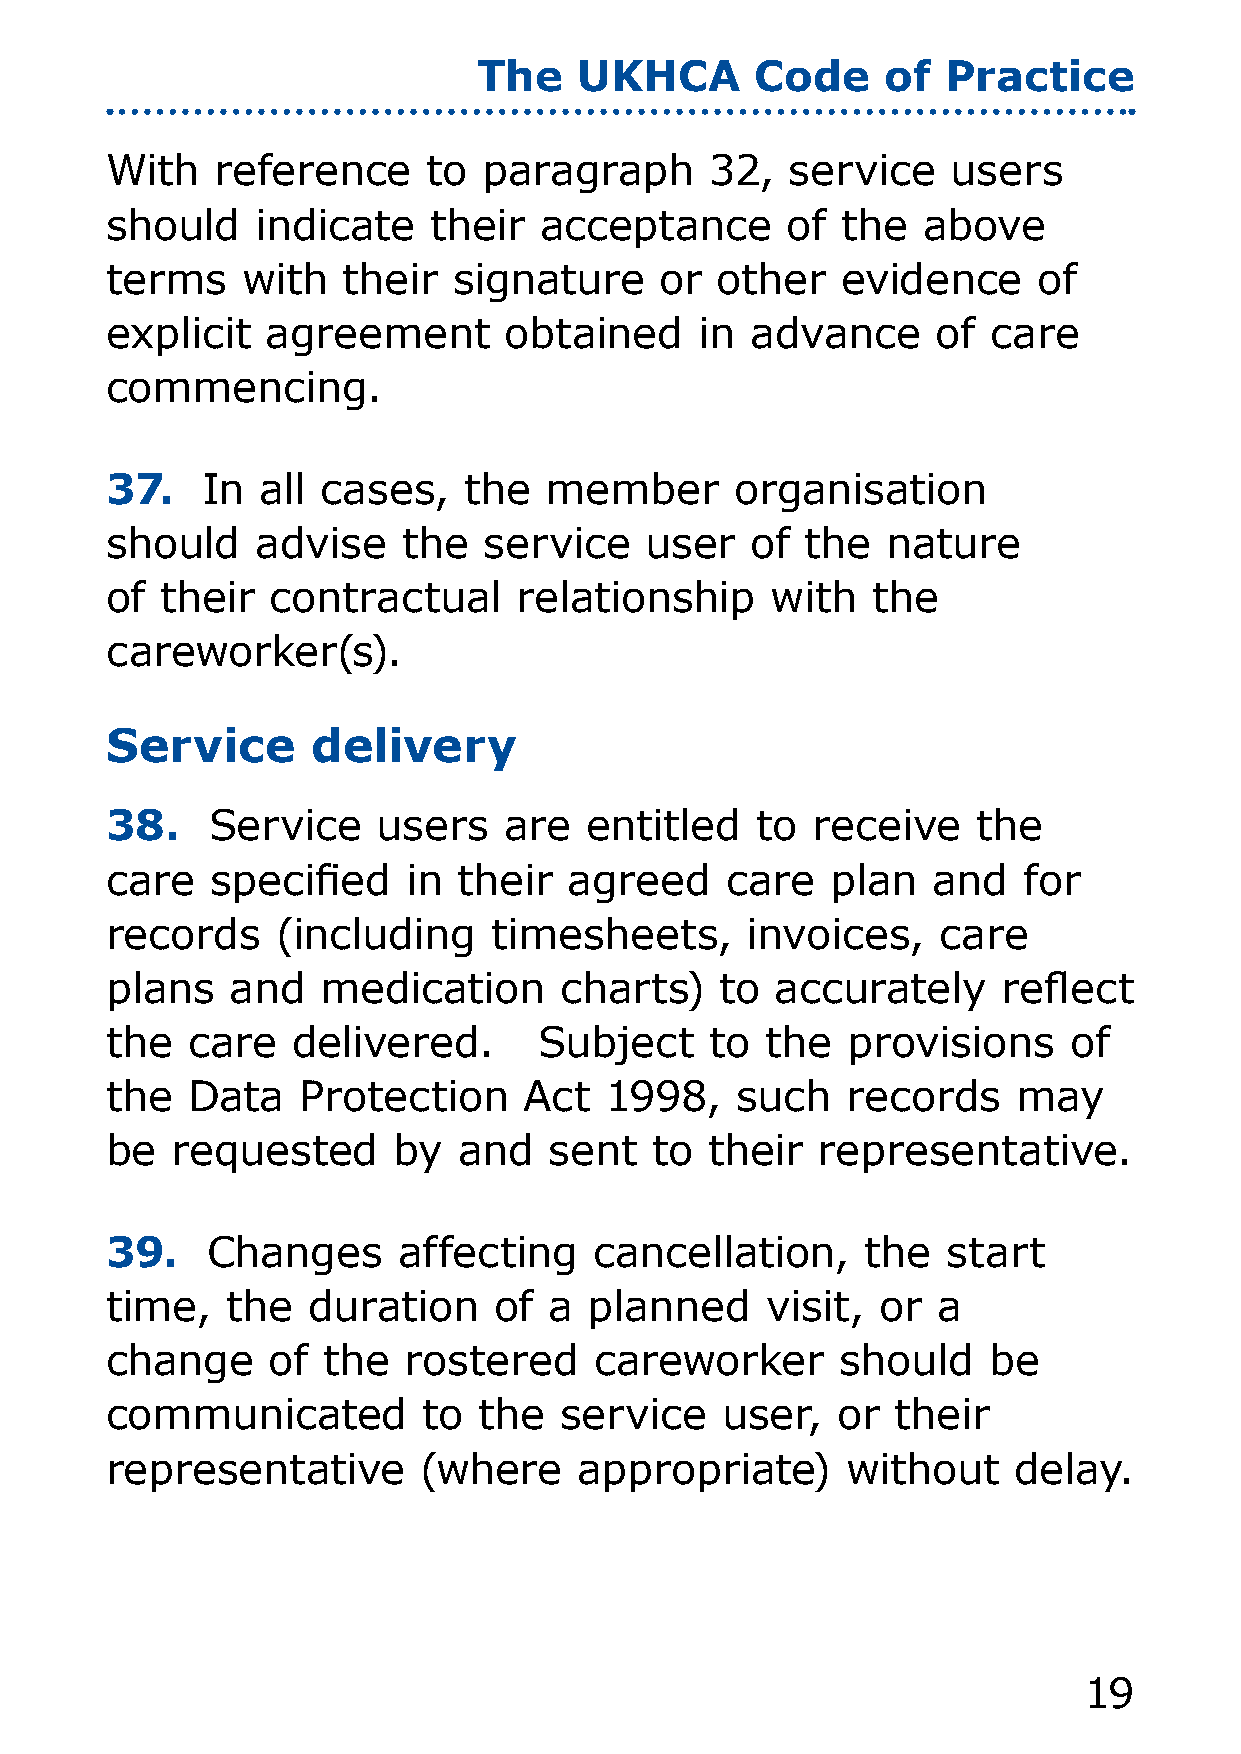
The   UKHCA       Code     of  Practice
 With   reference     to  paragraph      3,  service    users
 should    indicate    their  acceptance      of  the  above
 terms    with   their  signature     or other    evidence     of
 explicit   agreement      obtained     in  advance     of  care
 commencing.
 37.   In  all cases,    the  member       organisation
 should    advise    the  service    user   of the   nature
 of  their  contractual     relationship     with   the
 careworker(s).
 Service       delivery
 38.    Service    users   are   entitled   to  receive    the
 care   specified    in their   agreed    care   plan   and   for
 records    (including     timesheets,     invoices,    care
 plans   and   medication      charts)    to accurately     reflect
 the  care   delivered.       Subject    to  the  provisions     of
 the  Data    Protection     Act  1998,    such   records    may
 be  requested      by  and   sent   to  their  representative.
 39.    Changes     affecting    cancellation,     the   start
 time,   the  duration     of a  planned     visit, or  a
 change     of the   rostered    careworker       should   be
 communicated         to  the  service    user,  or  their
 representative       (where    appropriate)      without    delay.
 19